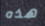
هذه